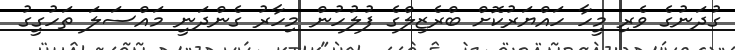
ގުދަނުގެ ވެރި މީހާ ހައްޔަރުކޮށް ބްރެޒިލްގެ ފުލުހުން މިހާރު ގެންދަނީ މައްސަލަ ތަހުގީގު